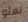
تعلو